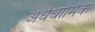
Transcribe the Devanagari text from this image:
अर्धधार्मिक